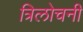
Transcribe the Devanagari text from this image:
त्रिलोचनी